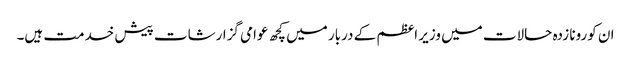
ان کورونا زدہ حالات میں وزیر اعظم کے دربار میں کچھ عوامی گزارشات پیش خدمت ہیں۔